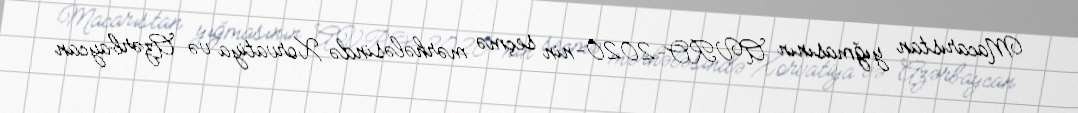
Macarıstan yığmasının AVRO-2020-nin seçmə mərhələsində Xorvatiya və Azərbaycan